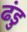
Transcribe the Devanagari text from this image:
ढंडु